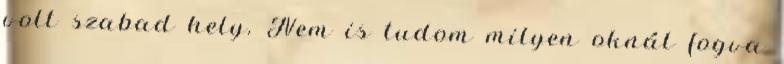
volt szabad hely. Nem is tudom milyen oknál fogva